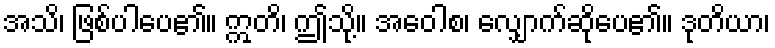
အသိ၊ ဖြစ်ပါပေ၏။ ဣတိ၊ ဤသို့။ အဝေါစ၊ လျှောက်ဆိုပေ၏။ ဒုတိယာ၊